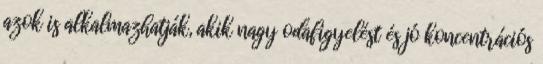
azok is alkalmazhatják, akik nagy odafigyelést és jó koncentrációs